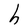
Character: h